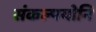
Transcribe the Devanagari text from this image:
संकल्पयोनि